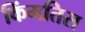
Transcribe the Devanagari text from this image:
किंमतिस